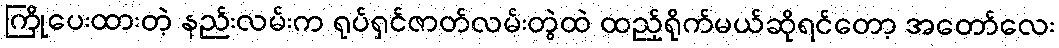
ကြိုပေးထားတဲ့ နည်းလမ်းက ရုပ်ရှင်ဇာတ်လမ်းတွဲထဲ ထည့်ရိုက်မယ်ဆိုရင်တော့ အတော်လေး